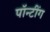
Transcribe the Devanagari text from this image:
पॉन्टींग